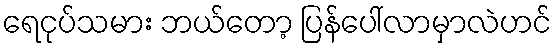
ရေငုပ်သမား ဘယ်တော့ ပြန်ပေါ်လာမှာလဲဟင်